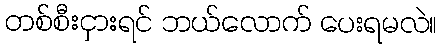
တစ်စီးငှားရင် ဘယ်လောက် ပေးရမလဲ။